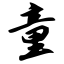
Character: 童